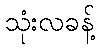
သုံးလခန့်